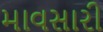
માવસારી